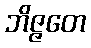
ဘိဇ္ဇတေ